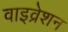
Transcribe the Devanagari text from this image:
वाइव्रेशन